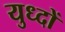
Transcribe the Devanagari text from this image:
युध्दों